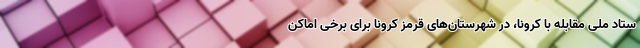
ستاد ملی مقابله با کرونا، در شهرستان‌های قرمز کرونا برای برخی اماکن